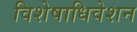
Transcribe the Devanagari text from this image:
विशेषाधिवेशन